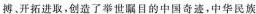
搏、开拓进取，创造了举世瞩目的中国奇迹，中华民族